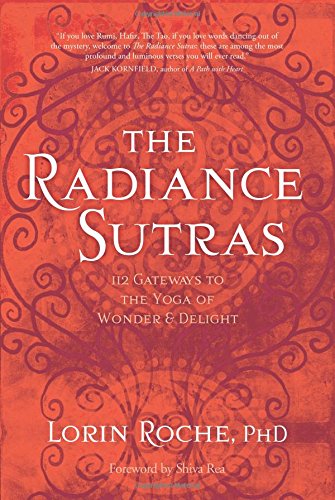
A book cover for The Radiance Sutras: 112 Gateways to the Yoga of Wonder and Delight (English and Sanskrit Edition); Lorin Roche; Health, Fitness & Dieting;